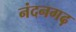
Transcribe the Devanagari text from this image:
नंदनगढ़